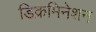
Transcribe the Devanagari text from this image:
डिक्रमिनेशन